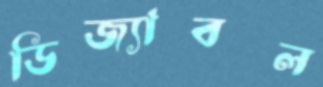
ডিজ্যাবল